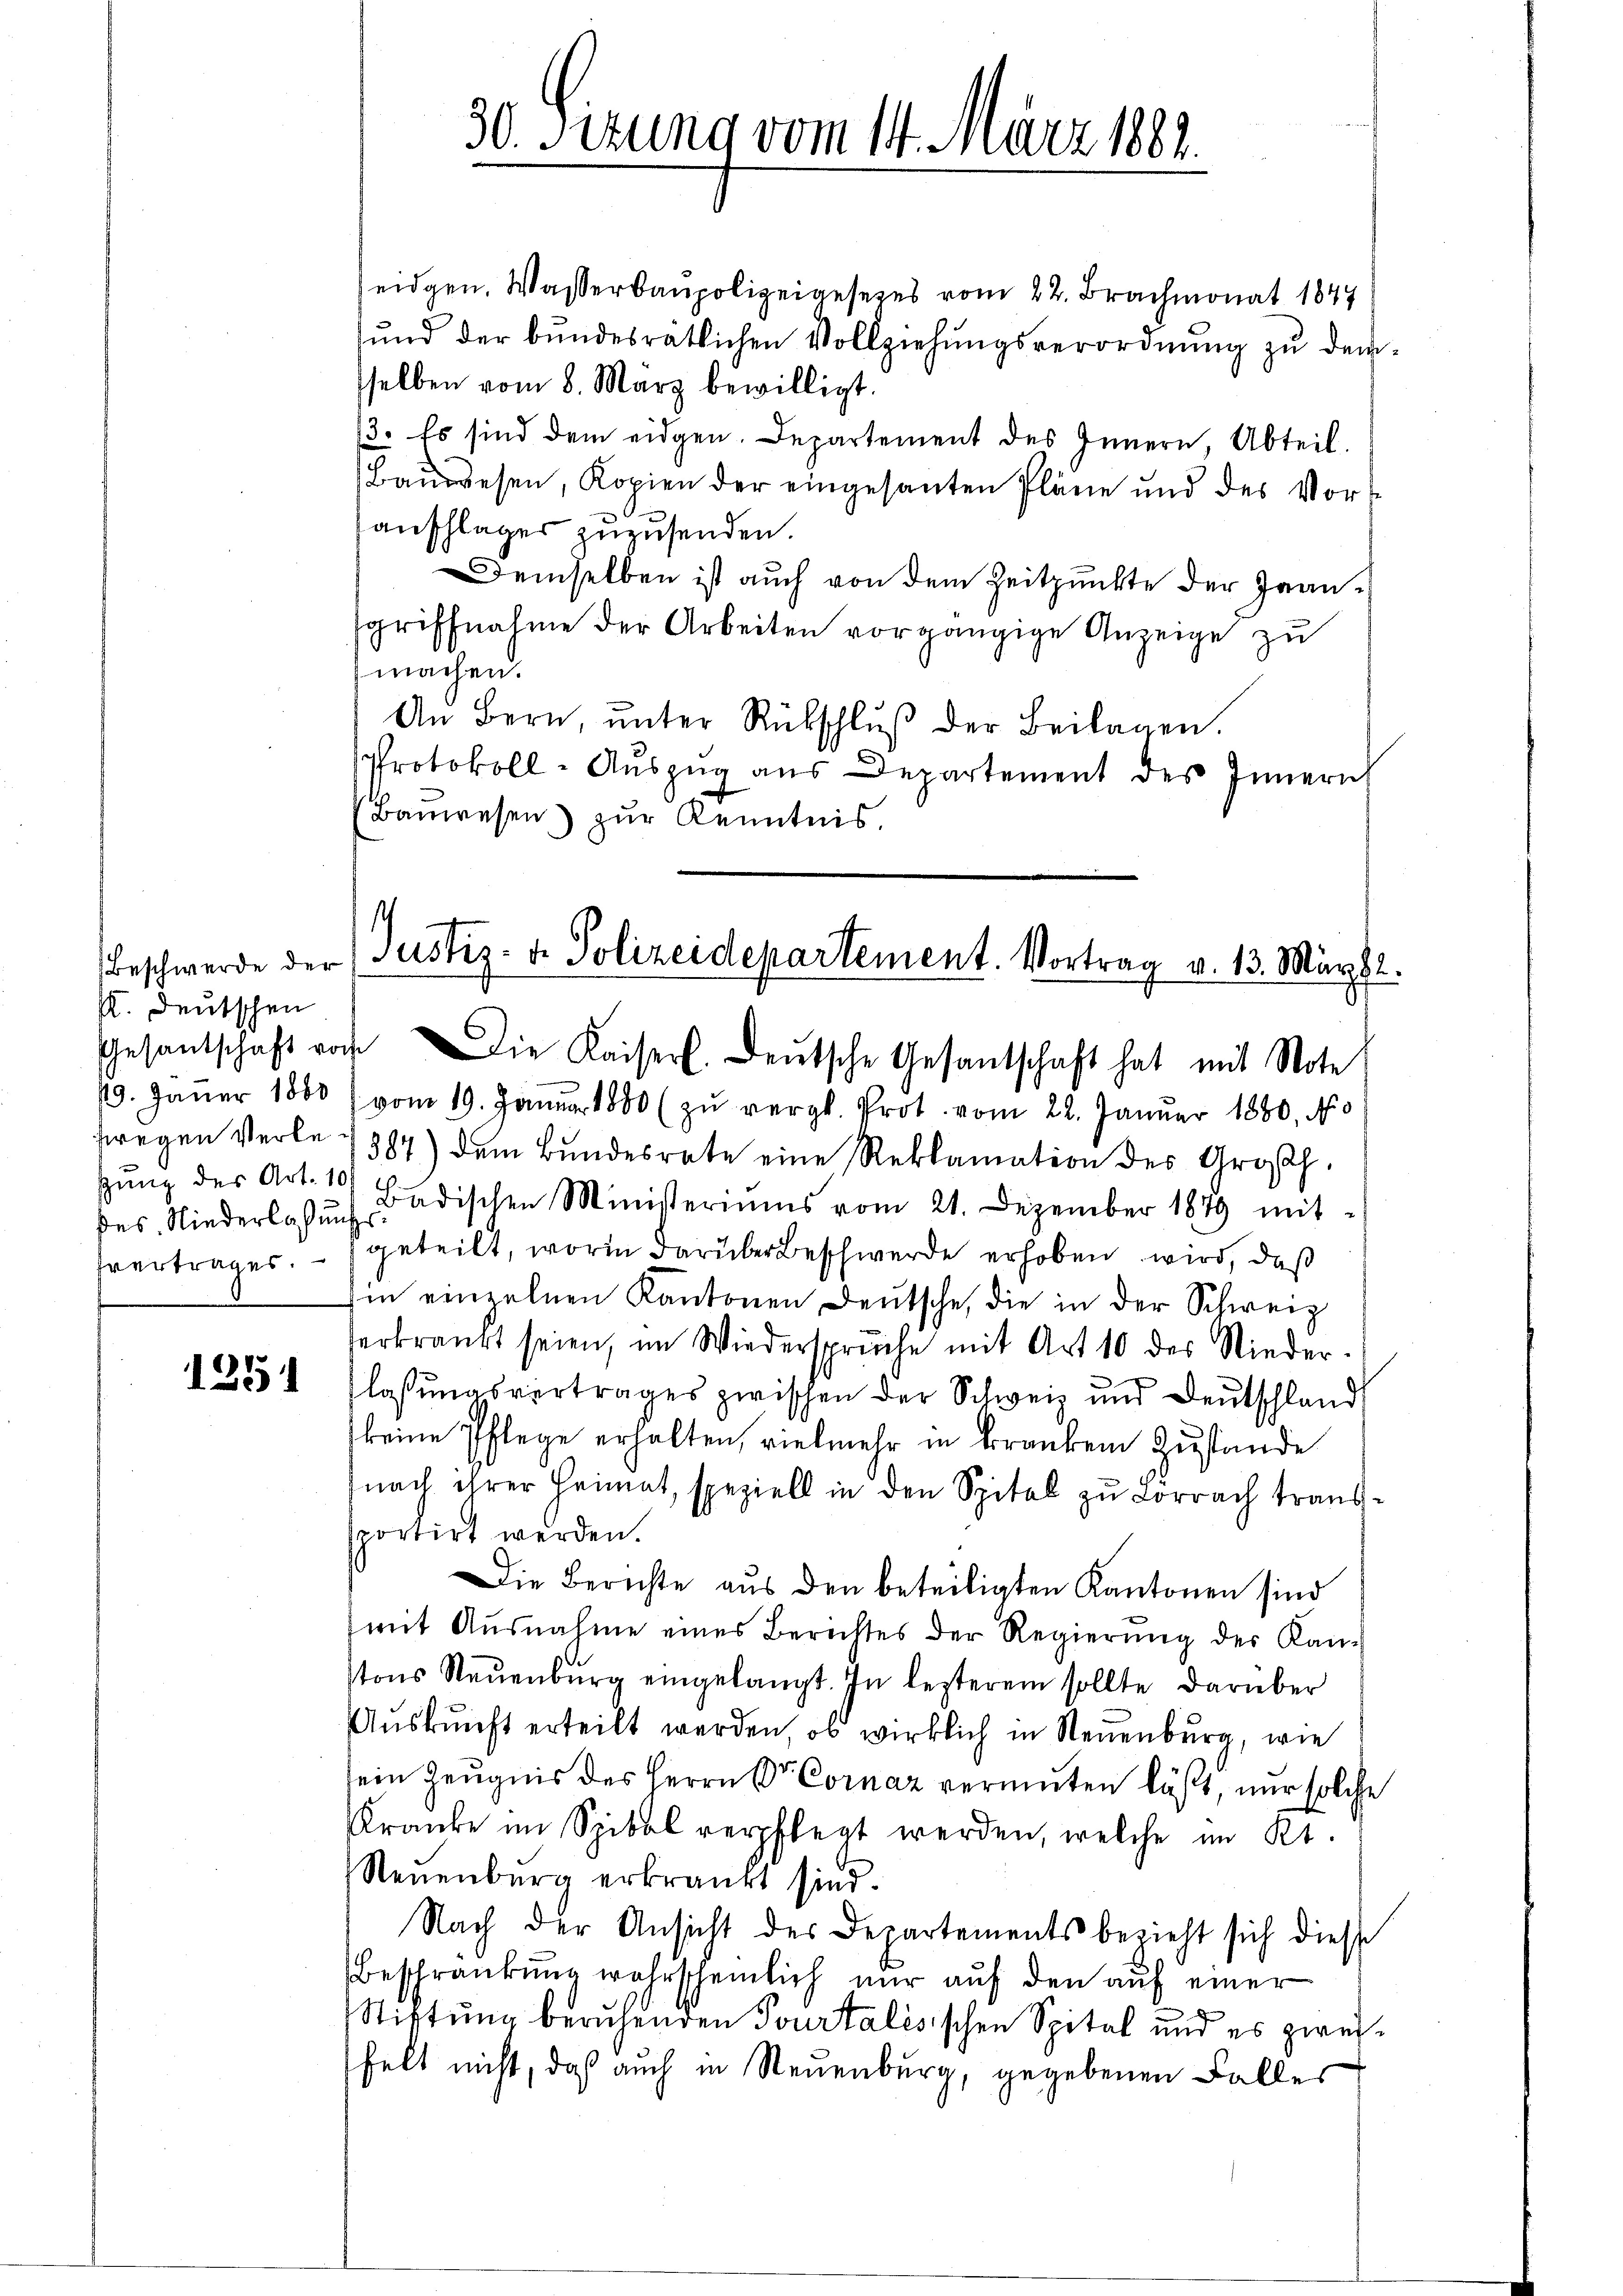
K. Deutschen
sung des Art. 10

1251

eidgen. Wasserbaupolizeigesezes vom 22. Brachmonat 1847
sŭnd der bundesrätlichen Vollziehŭngsverordnŭng zu demsselben vom 8. März bewilligt.
3. Es sind dem eidgen. Departement des Innern, Abteil.
Baŭwesen, Kopien der eingesanten Pläne und des Vor-
anschläger zuzusenden.
Demselben ist auch von dem Zeitpunkte der Fransgriffnahme der Arbeiten vorgängige Anzeige zu
machen.
An Bern, ŭnter Rückschlŭβ der Beilagen.
Protokoll-Aŭszŭg aŭs Departement des Innern
Bauwesen) zur Kenntnis,

30. Sizung vom 14. März 1882.

s
Beschwerde der Justiz- & Polizeidepartement. Vortrag v. 13. März 82.
Gesandtschaft noch die Kaiserl. Deutsche Gesantschaft hat mit Note

19. Jäṅer 1880 vom 19. Janŭar 1880 zŭ vergl. Prot. vom 22. Janŭar 1880, No
zwegen Verle 1387) dem Bundesrate eine Reklamation des Großh.
des Niederlaβŭng Badischen Ministeriums vom 21. Dezember 1879 mit
fvertrages. - geteilt, worin darüber Beschwerde erhoben wird, daß
Ein einzelnen Kantonen Deutsche, die in der Schweiz
erkrankt seien, im Wiedersprüche mit Art 10 des Nieder-
flaßungsvertrages zwischen der Schweiz und Deutschland,
keine Pflege erhalten, vielmehr in kranken Zustände
nach ihrer Heimat, speziell in den Spital zu Lorrach transsportirt werden.
Die Berichte aus den beteiligten Kantonen sind
mit Ausnahme eines Berichtes der Regierung der Kanstons Neuenburg eingelangt. In lezterem sollte darüber
Aŭskŭnft erteilt werden, ob wirklich in Neuenburg, wie
sein Zeugnis des Herrn Dr. Cornaz vermuten läßt, nur solche
Kranke im Spital verpflegt werden, welche im Kt.
Neuenburg erkrankt sind.
Nach der Ansicht des Departements bezieht sich diese
Beschränkŭng wahrscheinlich nŭr aŭf den aŭf einer
Stiftung beruhenden Tourtalesischen Spital und es zweifelt nicht, daß auch in Neuenburg, gegebenen Falles